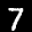
Label: 7